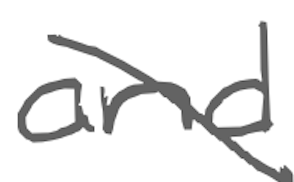
Text: and
Cross-out: diagonal
Writing tool: digital_gray